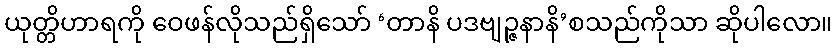
ယုတ္တိဟာရကို ဝေဖန်လိုသည်ရှိသော် ‘တာနိ ပဒဗျဉ္ဇနာနိ’စသည်ကိုသာ ဆိုပါလော။